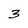
Character: 3